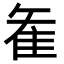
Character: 𮥶